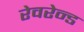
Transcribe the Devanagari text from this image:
रेवरेन्ड